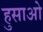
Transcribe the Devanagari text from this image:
हुसाओ